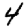
Digit: 4